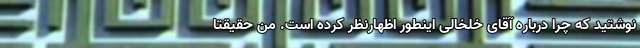
نوشتید که چرا درباره آقای خلخالی اینطور اظهارنظر کرده است. من حقیقتاً